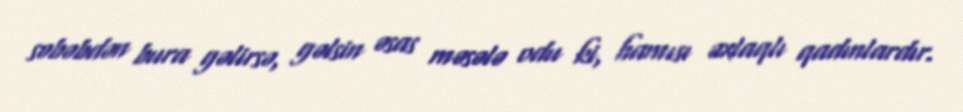
səbəbdən bura gəlirsə, gəlsin əsas məsələ odu ki, hamısı əxlaqlı qadınlardır.